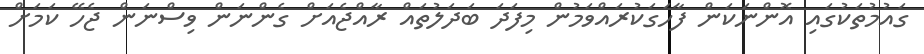
ގައުމުތަކުގައި އޮންނަކަން ފާހަގަކުރައްވަމުން މިފަދަ ބަދަލުތައް ރާއްޖެއަށް ގެންނަން ވިސްނަން ޖެހޭ ކަމަށް